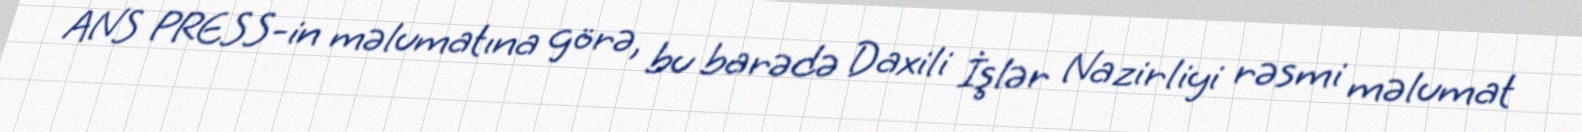
ANS PRESS-in məlumatına görə, bu barədə Daxili İşlər Nazirliyi rəsmi məlumat